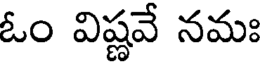
ఓం విష్ణవే నమః